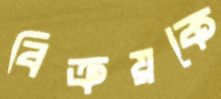
বিক্রয়কে